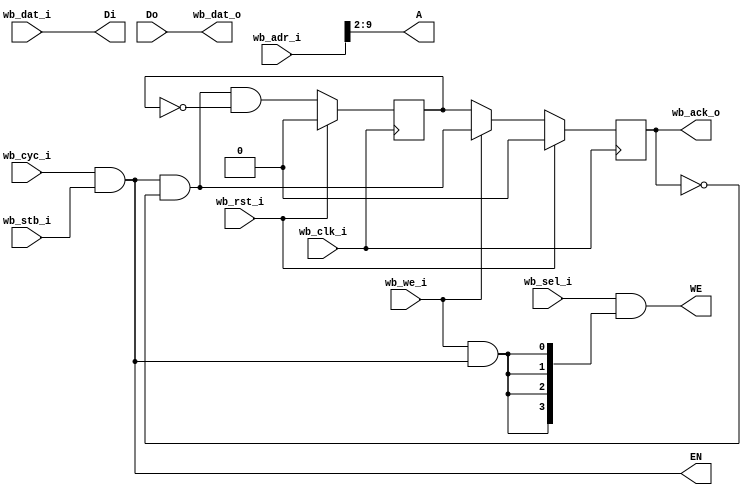
module DFF_wb #(
    parameter BITS = 16
)(
`ifdef USE_POWER_PINS
    inout vccd1,	// User area 1 1.8V supply
    inout vssd1,	// User area 1 digital ground
`endif

	// Wishbone Interface
	input wb_clk_i,
	input wb_rst_i,

	input [31:0] wb_adr_i,
    input [31:0] wb_dat_i,
    input [3:0] wb_sel_i,
    input wb_we_i,
    input wb_cyc_i,
    input wb_stb_i,

    output wb_ack_o,
    output [31:0] wb_dat_o,

    // Memory Interface
    output  [3:0]  WE,
    output         EN,
    output  [31:0]  Di,
    input   [31:0]  Do,
    output   [7:0]   A
);

    wire valid;
    wire ram_wen;
    wire [3:0] wen; // write enable

    assign valid = wb_cyc_i & wb_stb_i;
    assign ram_wen = wb_we_i && valid;

    assign wen = wb_sel_i & {4{ram_wen}} ;

    /*
        Ack Generation
            - write transaction: asserted upon receiving adr_i & dat_i 
            - read transaction : asserted one clock cycle after receiving the adr_i & dat_i
    */ 

    reg wb_ack_read;
    reg wb_ack_o;

    always @(posedge wb_clk_i) begin
        if (wb_rst_i == 1'b 1) begin
            wb_ack_read <= 1'b0;
            wb_ack_o <= 1'b0;
        end else begin
            wb_ack_o    <= wb_we_i? (valid & !wb_ack_o): wb_ack_read;
            wb_ack_read <= (valid & !wb_ack_o) & !wb_ack_read;
        end
    end

    assign wb_dat_o = Do;

    // Memory Interface

    assign WE = wen;
    assign EN = valid;
    assign Di = wb_dat_i;
    assign A = wb_adr_i[9:2];

endmodule